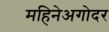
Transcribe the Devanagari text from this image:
महिनेअगोदर